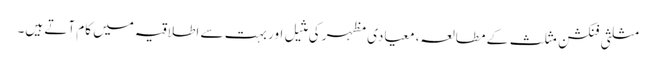
مثلثی فنکشن مثلث کے مطالعہ، معیادی مظہر کی مثیل اور بہت سے اطلاقیہ میں کام آتے ہیں۔